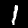
Digit: 1